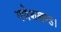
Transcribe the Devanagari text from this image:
गणेशखण्ड।